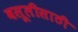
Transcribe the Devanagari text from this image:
वसूलीसाठी